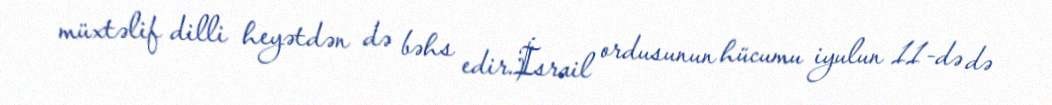
müxtəlif dilli heyətdən də bəhs edir.İsrail ordusunun hücumu iyulun 11-də də